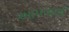
આપવામાઁ